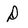
Character: D